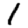
Digit: 1